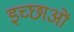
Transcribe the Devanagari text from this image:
इच्छाआें